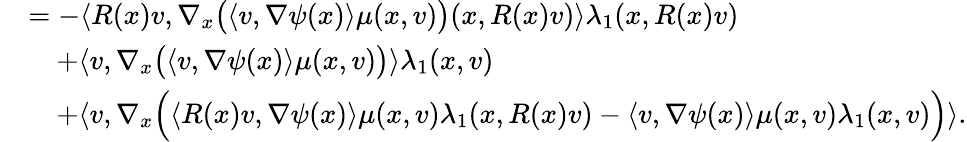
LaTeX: \begin{array}{rl}&{=-\langle R(x)v,\nabla_{x}\big(\langle v,\nabla\psi(x)\rangle\mu(x,v)\big)(x,R(x)v)\rangle\lambda_{1}(x,R(x)v)}\\ &{\quad+\langle v,\nabla_{x}\big(\langle v,\nabla\psi(x)\rangle\mu(x,v)\big)\rangle\lambda_{1}(x,v)}\\ &{\quad+\langle v,\nabla_{x}\Big(\langle R(x)v,\nabla\psi(x)\rangle\mu(x,v)\lambda_{1}(x,R(x)v)-\langle v,\nabla\psi(x)\rangle\mu(x,v)\lambda_{1}(x,v)\Big)\rangle.}\end{array}